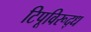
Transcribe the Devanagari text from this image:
टिपूविरूद्ध